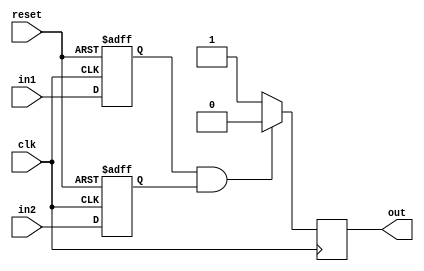
module timing_control_and_sync_NOR_gate(
    input wire clk,
    input wire reset,
    input wire in1,
    input wire in2,
    output reg out
);

reg synchronized_in1;
reg synchronized_in2;

always @(posedge clk or posedge reset) begin
    if (reset) begin
        synchronized_in1 <= 1'b0;
        synchronized_in2 <= 1'b0;
    end else begin
        synchronized_in1 <= in1;
        synchronized_in2 <= in2;
    end
end

always @(posedge clk) begin
    if(synchronized_in1 & synchronized_in2) begin
        out <= #10 1'b0; //Output signal delayed by 10 time units
    end else begin
        out <= #10 1'b1;
    end
end

endmodule